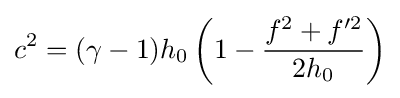
c^{2}=(\gamma -1)h_{0}\left(1-{\frac {f^{2}+f'^{2}}{2h_{0}}}\right)